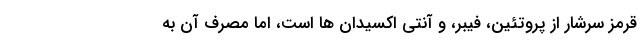
قرمز سرشار از پروتئين، فيبر، و آنتي اكسيدان ها است، اما مصرف آن به